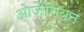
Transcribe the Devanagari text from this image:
ओज़ैनियन